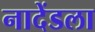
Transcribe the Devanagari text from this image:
नादेंडला